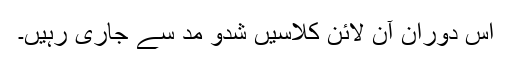
اس دوران آن لائن کلاسیں شدو مد سے جاری رہیں۔